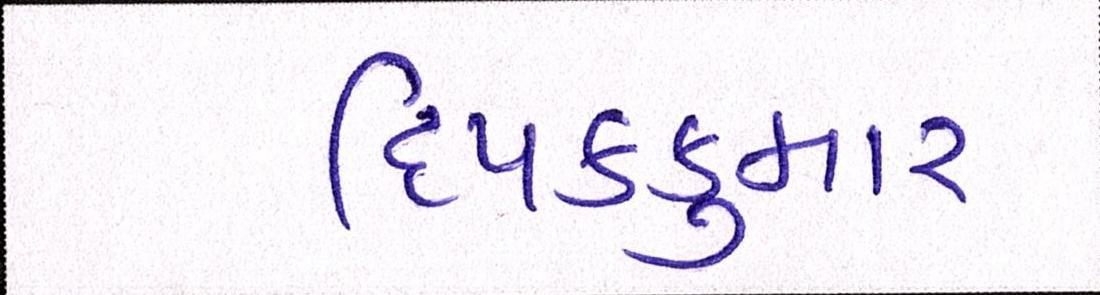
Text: દિપકકુમાર